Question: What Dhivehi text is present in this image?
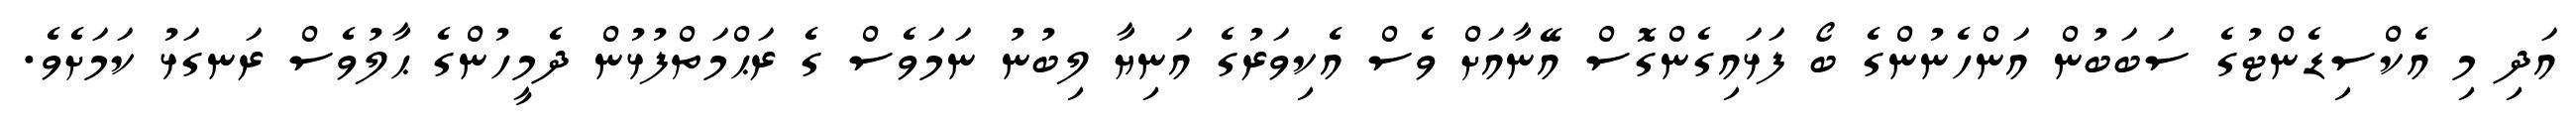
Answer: އަދި މި އެކްސިޑެންޓުގެ ސަބަބުން އަންހެނުންގެ ބޯ ފަޅައިގެންގޮސް އޭނާއަށް ވެސް އެކިވަރުގެ އަނިޔާ ލިބުނު ނަމަވެސް ގެ ރަޙްމަތްފުޅުން ދެމީހުންގެ ޙާލުވެސް ރަނގަޅު ކަމަށެވެ.